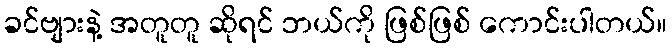
ခင်ဗျားနဲ့ အတူတူ ဆိုရင် ဘယ်ကို ဖြစ်ဖြစ် ကောင်းပါတယ်။